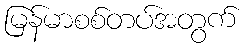
မြန်မာစစ်တပ်အတွက်